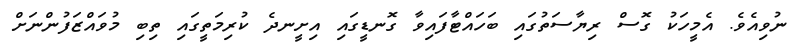
ނުވިއެވެ. އެމީހަކު ގޮސް ރިޔާސަތުގައި ބަހައްޓާފައިވާ ގޮނޑީގައި އިށީނދެ ކުރިމަތީގައި ތިބި މުވައްޒަފުންނަށް